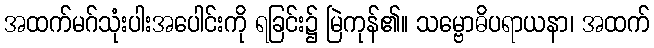
အထက်မဂ်သုံးပါးအပေါင်းကို ရခြင်း၌ မြဲကုန်၏။ သမ္ဗောဓိပရာယနာ၊ အထက်